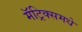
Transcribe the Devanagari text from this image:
मॅट्रिक्समधे